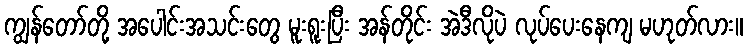
ကျွန်တော်တို့ အပေါင်းအသင်းတွေ မူးရူးပြီး အန်တိုင်း အဲဒီလိုပဲ လုပ်ပေးနေကျ မဟုတ်လား။